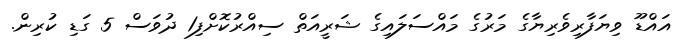
އައްޑޫ ވިޔަފާރިވެރިޔާގެ މަރުގެ މައްސަލައިގެ ޝަރީއަތް ސިއްރުކޮށްފި1 ދުވަސް 5 ގަޑި ކުރިން.